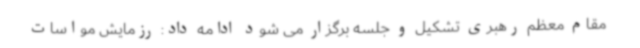
مقام معظم رهبری تشکیل و جلسه برگزار می شود ادامه داد: رزمایش مواسات